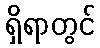
ရှိရာတွင်